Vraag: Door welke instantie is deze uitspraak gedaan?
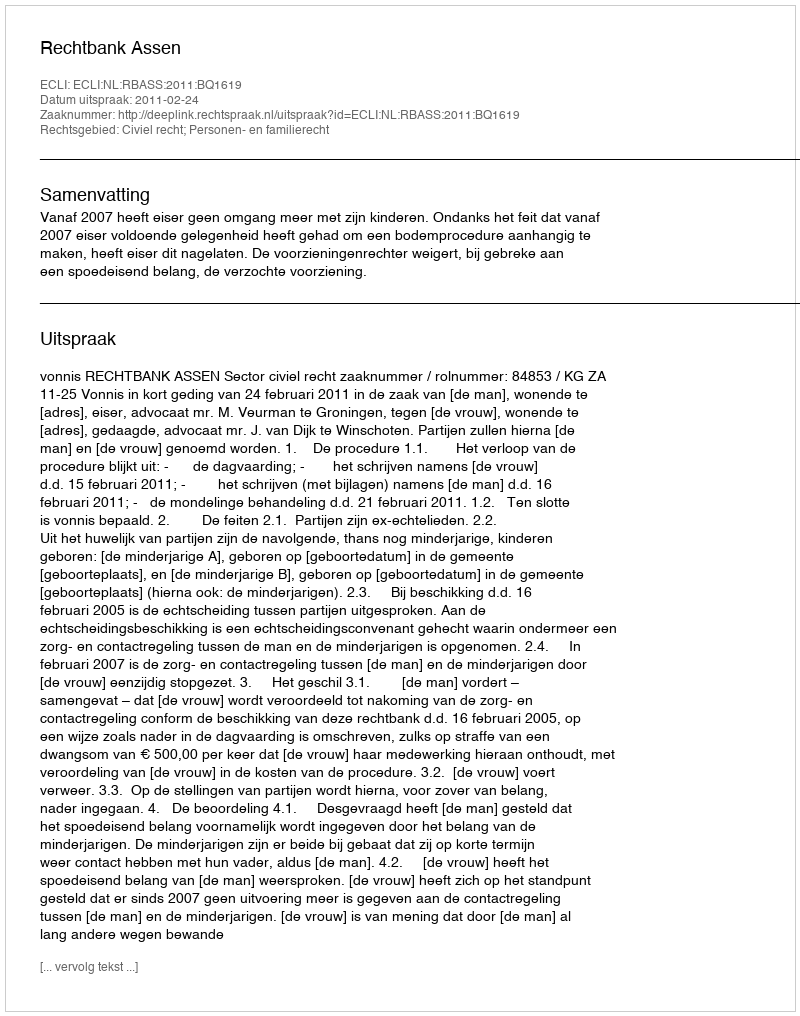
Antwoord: Rechtbank Assen